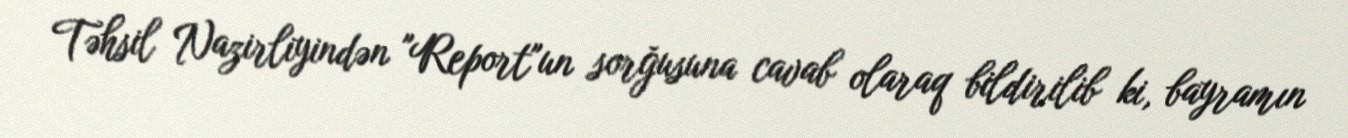
Təhsil Nazirliyindən "Report"un sorğusuna cavab olaraq bildirilib ki, bayramın